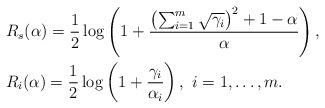
LaTeX: \begin{align*}& R_s(\alpha) =\frac{1}{2}\log\left(1 + \frac{\left(\sum_{i=1}^m \sqrt{\gamma_i}\right)^2 + 1-\alpha}{\alpha}\right),\\& R_i(\alpha) = \frac{1}{2}\log\left(1 + \frac{\gamma_i}{\alpha_i} \right), \ i=1,\ldots,m. \end{align*}